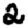
Digit: 2